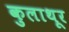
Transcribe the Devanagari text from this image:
कुलाथूर